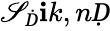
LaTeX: \mathscr{S}_{Ḋ}\mathbf{i}k,nḌ